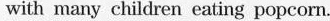
with many children eating popcorn.